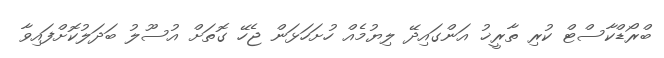
ބްރޯޑްކާސްޓް ކުރި ތާރީޚު އަންގައިދޭ ލިޔުމެއް ހުށަހަޅަން ޖެހޭ ގޮތަށް އުސޫލު ބަދަލުކޮށްފައިވާ